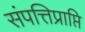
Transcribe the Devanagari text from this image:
संपत्तिप्राप्ति